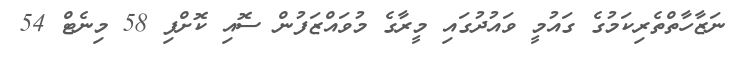
ނަޒާހާތްތެރިކަމުގެ ގައުމީ ވައުދުގައި މީރާގެ މުވައްޒަފުން ސޮއި ކޮށްފި 58 މިނެޓް 54